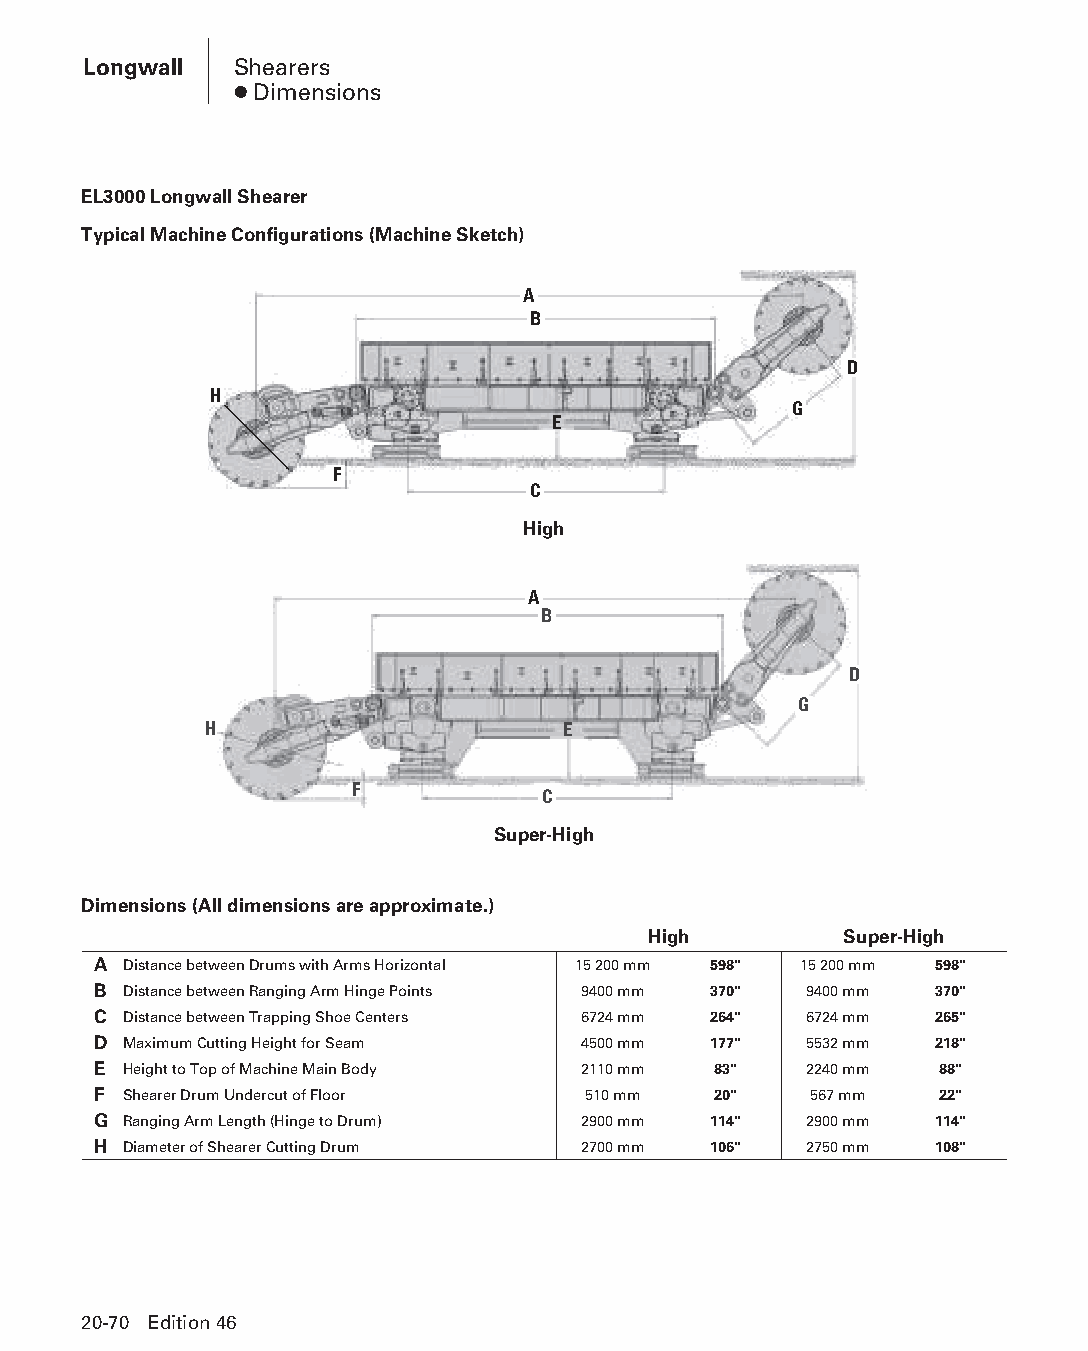
Longwall  Shearers
 ● Dimensions
 EL3000 Longwall Shearer
 Typical Machine Configurations (Machine Sketch)
 A
 B
 D
 H
 G
 E
 F
 C
 High
 A
 B
 D
 G
 H                       E
 F
 C
 Super-High
 Dimensions (All dimensions are approximate.)
 High         Super-High
 A Distance between Drums with Arms Horizontal 15 200 mm 598" 15 200 mm 598"
 B Distance between Ranging Arm Hinge Points 9400 mm 370" 9400 mm 370"
 C Distance between Trapping Shoe Centers 6724 mm 264" 6724 mm 265"
 D Maximum Cutting Height for Seam 4500 mm 177" 5532 mm 218"
 E Height to Top of Machine Main Body 2110 mm 83" 2240 mm 88"
 F Shearer Drum Undercut of Floor 510 mm  20"   567 mm   22"
 G Ranging Arm Length (Hinge to Drum) 2900 mm 114" 2900 mm 114"
 H Diameter of Shearer Cutting Drum 2700 mm 106" 2750 mm 108"
 20-70 Edition 46
 PPHHBB--SSeecc2200--LLoonnggwwaallll((ppgg002255--112200))..iinndddd 7700 1122//44//1155 1111::0022 AAMM